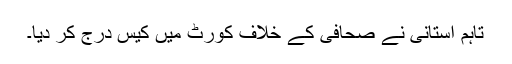
تاہم استانی نے صحافی کے خلاف کورٹ میں کیس درج کر دیا۔